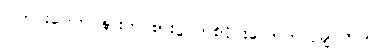
ပြတင်းပေါက် နားက စားပွဲ တစ်ဝိုင်းလောက်လိုချင်တယ်။